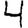
Digit: 4